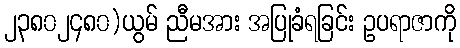
၂၃၈၀၂၄၈၀)ယွမ် ညီမအား အပြုခံရခြင်း ဥပရာဇာကို